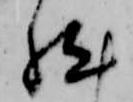
然